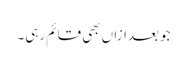
جو بعدازاں بھی قائم رہی۔